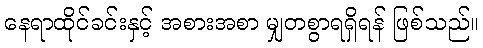
နေရာထိုင်ခင်းနှင့် အစားအစာ မျှတစွာရရှိရန် ဖြစ်သည်။